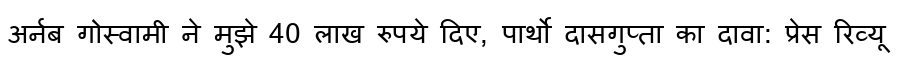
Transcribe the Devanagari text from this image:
अर्नब गोस्वामी ने मुझे 40 लाख रुपये दिए, पार्थो दासगुप्ता का दावा: प्रेस रिव्यू